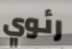
رئوي